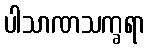
ပါသာဏသက္ခရာ